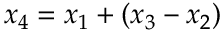
x _ { 4 } = x _ { 1 } + ( x _ { 3 } - x _ { 2 } )